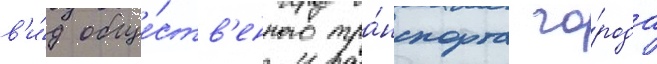
в'и́д обще́ств'енного тра́нспорта го́рода